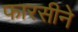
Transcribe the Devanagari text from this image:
फारसीने